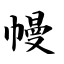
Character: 幔